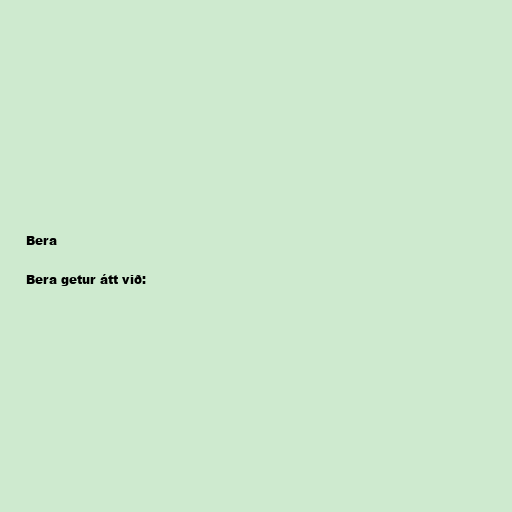
Bera

Bera getur átt við: